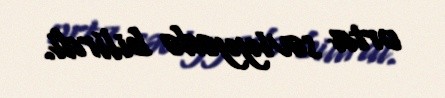
orta səviyyədə bilirdi.